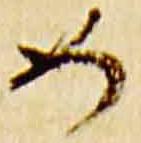
如